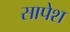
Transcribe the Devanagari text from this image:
सापेश